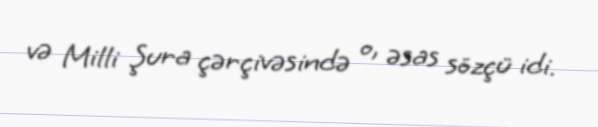
və Milli Şura çərçivəsində o, əsas sözçü idi.